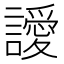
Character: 𮙀